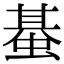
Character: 蜝